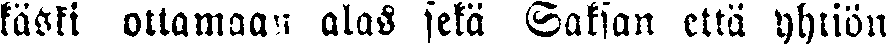
käski ottamaan alas sekä Saksan että yhtiön